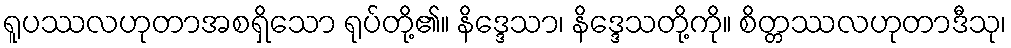
ရူပဿလဟုတာအစရှိသော ရုပ်တို့၏။ နိဒ္ဒေသာ၊ နိဒ္ဒေသတို့ကို။ စိတ္တဿလဟုတာဒီသု၊